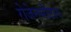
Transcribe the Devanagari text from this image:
रोजेनमोंटाग